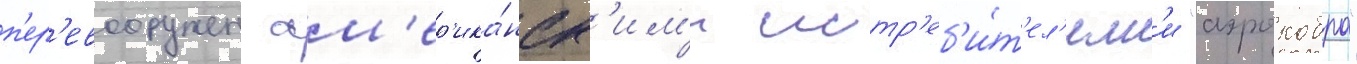
п'ер'евооружен ам'ер'ика́нск'им'и истр'еб'и́т'ел'ям'и "аэрокобра"